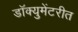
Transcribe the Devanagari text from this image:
डॉक्युमेंटरीत